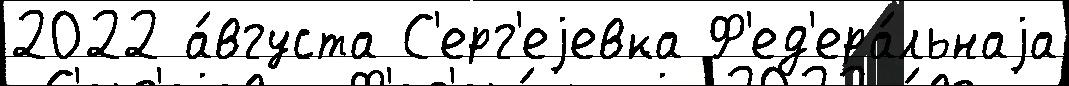
2022 а́вгуста С'ерг'еjевка Ф'ед'ера́льнаjа